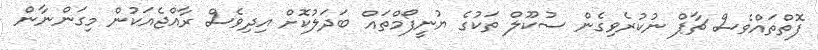
ފޮތްތައްވެސް ޗާޕް ނުކުރެވިގެން ސުކޫލް ތަކުގެ ޔުނީފޯމްތައް ބަދަލުކޮށް އިދިވެސް ރާއްޖެއަކުން މިގަންނާން